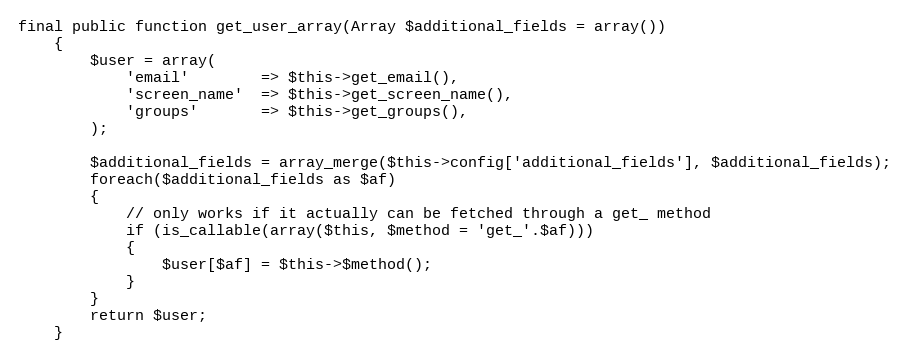
Language: PHP
final public function get_user_array(Array $additional_fields = array())
	{
		$user = array(
			'email'        => $this->get_email(),
			'screen_name'  => $this->get_screen_name(),
			'groups'       => $this->get_groups(),
		);

		$additional_fields = array_merge($this->config['additional_fields'], $additional_fields);
		foreach($additional_fields as $af)
		{
			// only works if it actually can be fetched through a get_ method
			if (is_callable(array($this, $method = 'get_'.$af)))
			{
				$user[$af] = $this->$method();
			}
		}
		return $user;
	}